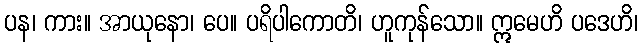
ပန၊ ကား။ အာယုနော၊ ပေ။ ပရိပါကောတိ၊ ဟူကုန်သော။ ဣမေဟိ ပဒေဟိ၊